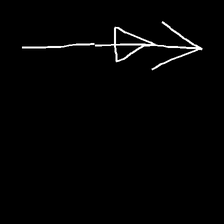
Glyph: pull